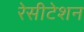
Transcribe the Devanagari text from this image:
रेसीटेशन